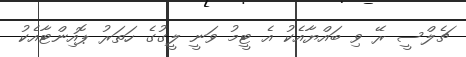
ޗެލްސީ ރޭ ވި ބައްޔާއެކު އެ ޓީމު ވަނީ ލީގުގެ ހަތަރު ޕޮއިންޓާއެކު